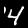
Label: 4